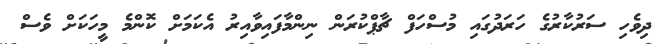
ދިވެހި ސަރުކާރުގެ ހަރަދުގައި މުސްހަފް ޗާޕްކުރަން ނިންމާފައިވާއިރު އެކަމަށް ކޮންމެ މީހަކަށް ވެސް